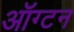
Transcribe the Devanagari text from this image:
ऑग्टन